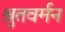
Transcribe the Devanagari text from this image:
श्रुतवर्मन